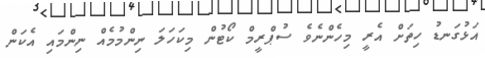
އަޅުގަނޑު ހިތަށް އެރީ މިހެންނެވެ ސުޕްރީމް ކޯޓުން މިކަހަލަ ނިންމުމެއް ނިންމައި އެކަން